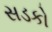
સડકો